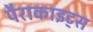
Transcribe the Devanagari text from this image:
पैराकाइट्स